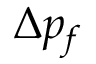
\boldsymbol { \Delta p _ { f } }